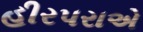
હીરપરાએ